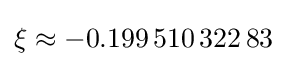
\xi \approx -0.199\,510\,322\,83